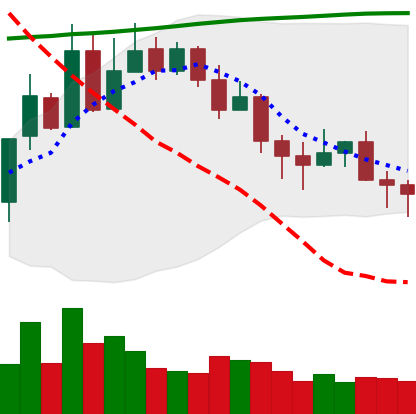
Ticker: XLM-USD
Chart end date: 2020-11-04
Forward return: 6.816%
Label: up_5_7